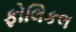
ફોલિકલ